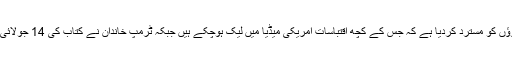
دوسری جانب وائٹ ہاؤس نے کتاب میں کیے گئے دعوؤں کو مسترد کردیا ہے کہ جس کے کچھ اقتباسات امریکی میڈیا میں لیک ہوچکے ہیں جبکہ ٹرمپ خاندان نے کتاب کی 14 جولائی کو اشاعت سے روکنے کے لیے مقدمہ دائر کردیا ہے۔